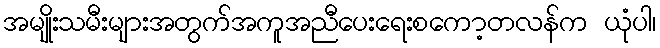
အမျိုးသမီးများအတွက်အကူအညီပေးရေးစကော့တလန်က ယုံပါ၊